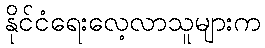
နိုင်ငံရေးလေ့လာသူများက